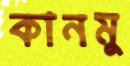
কানমু